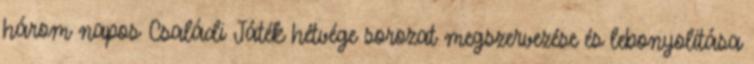
három napos Családi Játék hétvége sorozat megszervezése és lebonyolítása